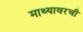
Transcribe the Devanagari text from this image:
माथ्यावरची